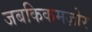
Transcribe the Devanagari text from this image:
जबकिकमज़ोर